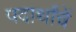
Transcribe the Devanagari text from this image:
पदार्थांचें